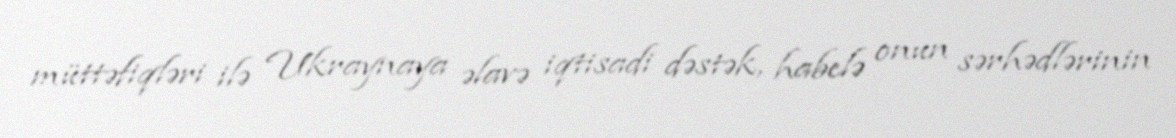
müttəfiqləri ilə Ukraynaya əlavə iqtisadi dəstək, habelə onun sərhədlərinin